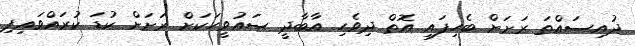
ދުއިސައްތަ ރަށަށް ބެހިފައި އޮތް ދިވެހި އާބާދީ ސައުވީހަކަށް ރަށަށް ކުޑަ ކުރައްވައިފި